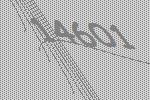
14601